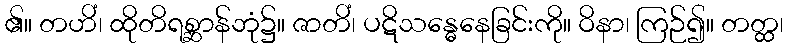
၏။ တဟိံ၊ ထိုတိရစ္ဆာန်ဘုံ၌။ ဇာတိံ၊ ပဋိသန္ဓေနေခြင်းကို။ ဝိနာ၊ ကြဉ်၍။ တတ္ထ၊